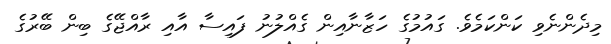
މިދެންނެވި ކަންކަމެވެ. ގައުމުގެ ހަޒާނާއިން ގެއްލުނު ފައިސާ އާއި ރާއްޖޭގެ ބިން ބޭރުގެ